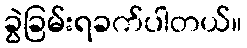
ခွဲခြမ်းရခက်ပါတယ်။